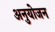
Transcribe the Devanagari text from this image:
अनुयोजन